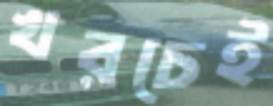
খরচেই